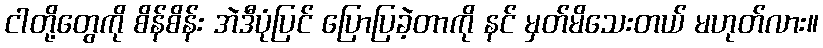
ငါတို့တွေကို စိန်စိန်း အဲဒီပုံပြင် ပြောပြခဲ့တာကို နင် မှတ်မိသေးတယ် မဟုတ်လား။